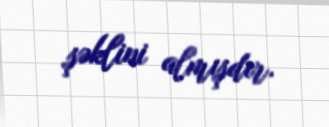
şəklini almışdır.